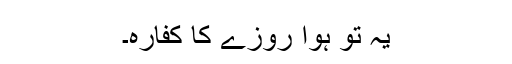
یہ تو ہوا روزے کا کفارہ۔